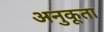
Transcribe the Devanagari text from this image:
अनुकूता